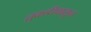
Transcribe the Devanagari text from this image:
तुकडीपासून